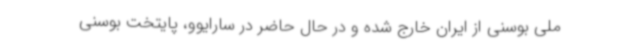
ملی بوسنی از ایران خارج شده و در حال حاضر در سارایوو، پایتخت بوسنی